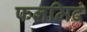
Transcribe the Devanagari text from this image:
फलमिदं